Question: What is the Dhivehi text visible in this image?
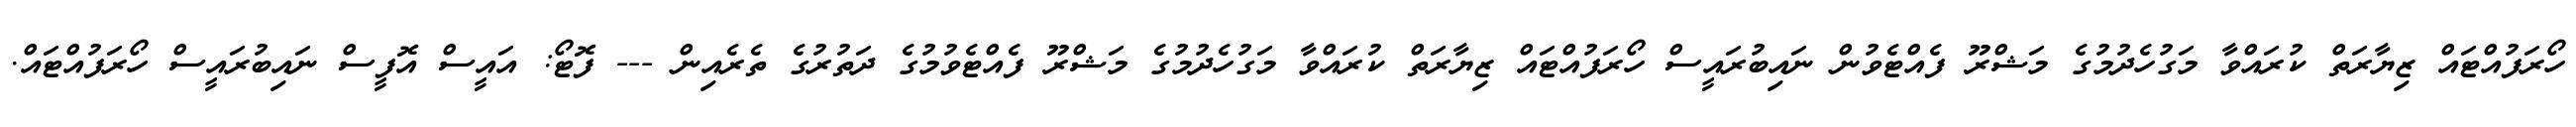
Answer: ހޯރަފުއްޓައް ޒިޔާރަތް ކުރައްވާ މަގުހެދުމުގެ މަޝްރޫ ފެއްޓެވުން ނައިބުރައީސް ހޯރަފުއްޓައް ޒިޔާރަތް ކުރައްވާ މަގުހެދުމުގެ މަޝްރޫ ފެއްޓެވުމުގެ ދަތުރުގެ ތެރެއިން --- ފޮޓޯ: އައީސް އޮފީސް ނައިބުރައީސް ހޯރަފުއްޓައް.